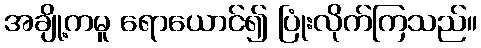
အချို့ကမူ ရောယောင်၍ ပြုံးလိုက်ကြသည်။